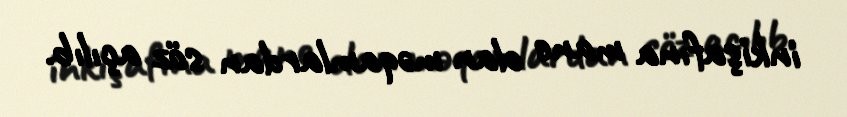
inkişafına mane olan məqamlardan söz açılıb.